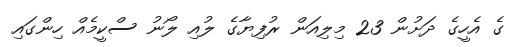
ގެ އެހީގެ ދަށުން 23 މިލިއަން ރުފިޔާގެ ލުއި ލޯނު ސްކީމެއް ހިންގައި